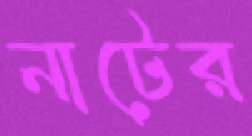
নাটের